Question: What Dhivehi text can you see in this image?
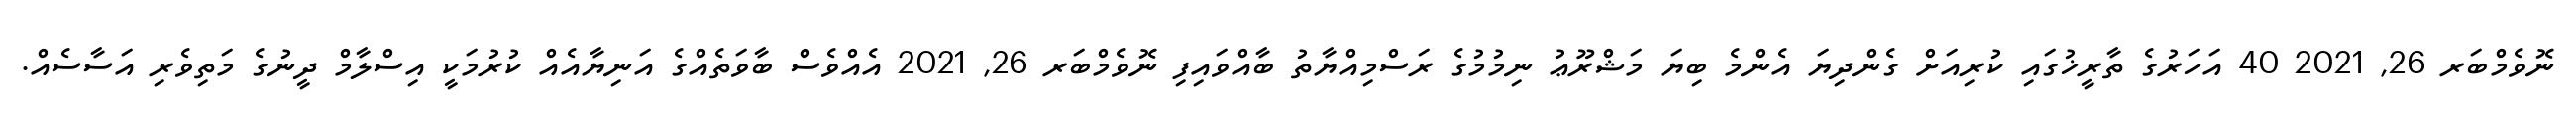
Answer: ނޮވެމްބަރ 26, 2021 40 އަހަރުގެ ތާރީޚުގައި ކުރިއަށް ގެންދިޔަ އެންމެ ބިޔަ މަޝްރޫޢު ނިމުމުގެ ރަސްމިއްޔާތު ބާއްވައިފި ނޮވެމްބަރ 26, 2021 އެއްވެސް ބާވަތެއްގެ އަނިޔާއެއް ކުރުމަކީ އިސްލާމް ދީނުގެ މަތިވެރި އަސާސެއް.